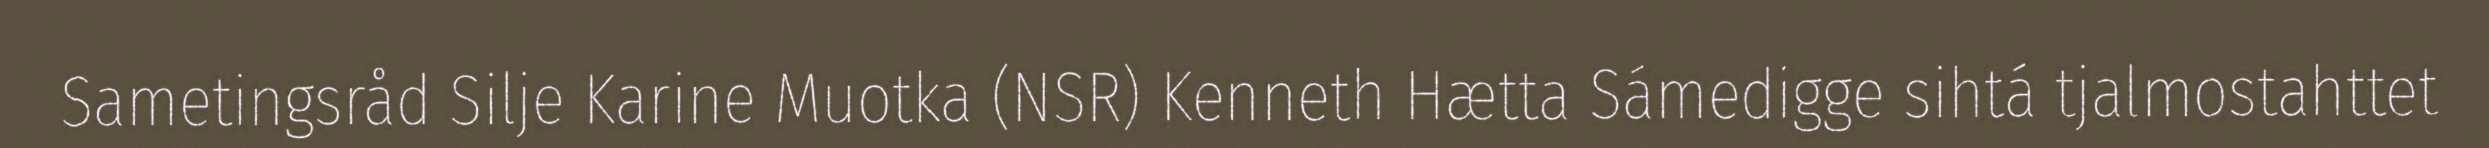
Sametingsråd Silje Karine Muotka (NSR) Kenneth Hætta Sámedigge sihtá tjalmostahttet